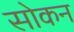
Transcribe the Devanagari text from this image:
सोकन